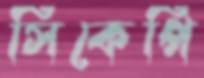
সিকেপি